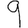
Digit: 9